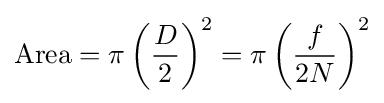
\mathrm {Area} =\pi \left({D \over 2}\right)^{2}=\pi \left({f \over 2N}\right)^{2}